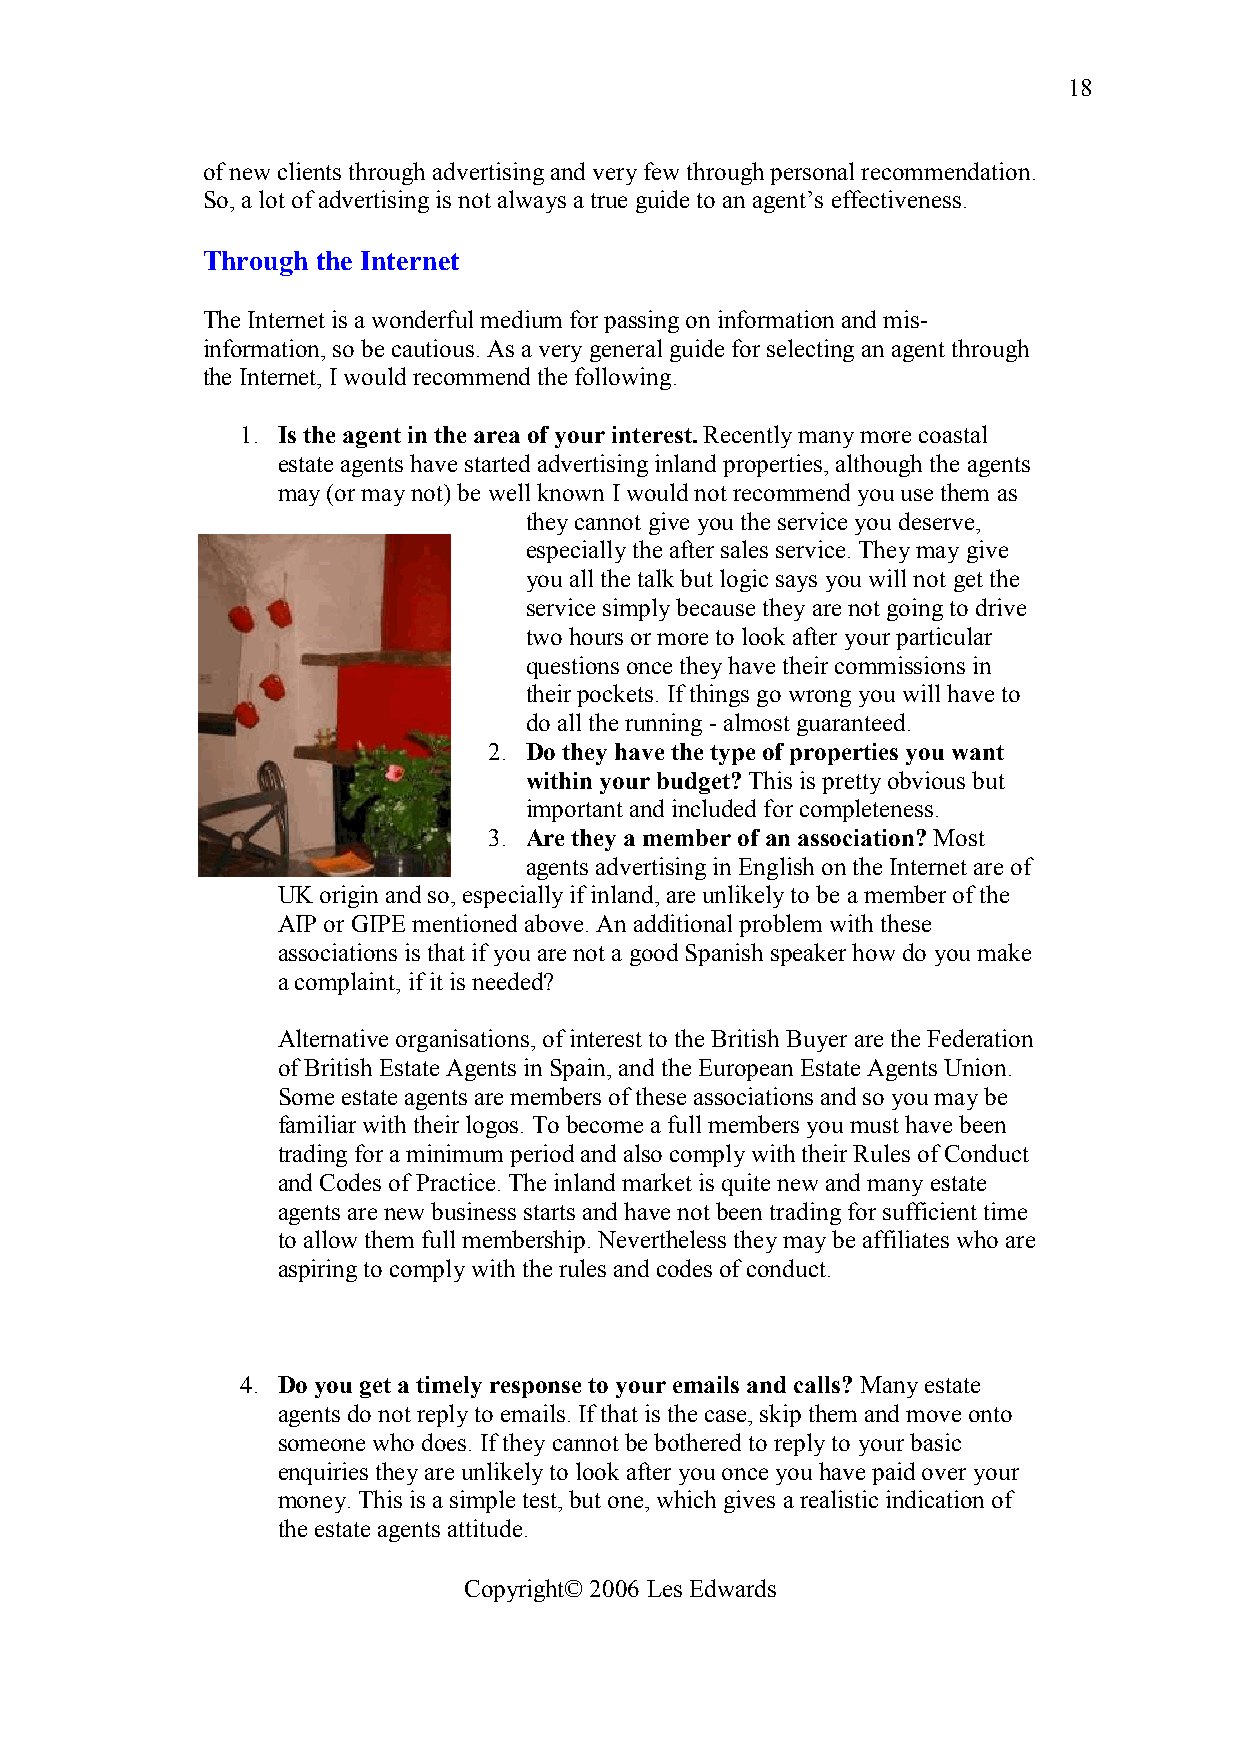
18
 of new clients through advertising and very few through personal recommendation.
 So, a lot of advertising is not always a true guide to an agent’s effectiveness.
 Through the Internet
 The Internet is a wonderful medium for passing on information and mis-
 information, so be cautious. As a very general guide for selecting an agent through
 the Internet, I would recommend the following.
 1. Is the agent in the area of your interest. Recently many more coastal
 estate agents have started advertising inland properties, although the agents
 may (or may not) be well known I would not recommend you use them as
 they cannot give you the service you deserve,
 especially the after sales service. They may give
 you all the talk but logic says you will not get the
 service simply because they are not going to drive
 two hours or more to look after your particular
 questions once they have their commissions in
 their pockets. If things go wrong you will have to
 do all the running - almost guaranteed.
 2. Do they have the type of properties you want
 within your budget? This is pretty obvious but
 important and included for completeness.
 3. Are they a member of an association? Most
 agents advertising in English on the Internet are of
 UK origin and so, especially if inland, are unlikely to be a member of the
 AIP or GIPE mentioned above. An additional problem with these
 associations is that if you are not a good Spanish speaker how do you make
 a complaint, if it is needed?
 Alternative organisations, of interest to the British Buyer are the Federation
 of British Estate Agents in Spain, and the European Estate Agents Union.
 Some estate agents are members of these associations and so you may be
 familiar with their logos. To become a full members you must have been
 trading for a minimum period and also comply with their Rules of Conduct
 and Codes of Practice. The inland market is quite new and many estate
 agents are new business starts and have not been trading for sufficient time
 to allow them full membership. Nevertheless they may be affiliates who are
 aspiring to comply with the rules and codes of conduct.
 4. Do you get a timely response to your emails and calls? Many estate
 agents do not reply to emails. If that is the case, skip them and move onto
 someone who does. If they cannot be bothered to reply to your basic
 enquiries they are unlikely to look after you once you have paid over your
 money. This is a simple test, but one, which gives a realistic indication of
 the estate agents attitude.
 Copyright© 2006 Les Edwards